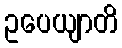
ဥပေယျာတိ